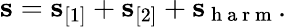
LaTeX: \mathbf s=\mathbf s_{[1]}+\mathbf s_{[2]}+\mathbf s_{\mathrm{~h~a~r~m~}}.